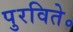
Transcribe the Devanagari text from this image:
पुरविते॰